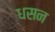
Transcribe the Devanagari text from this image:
धसन